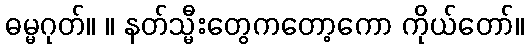
ဓမ္မဂုတ်။ ။ နတ်သ္မီးတွေကတော့ကော ကိုယ်တော်။